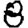
Digit: 8